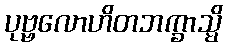
ပုဗ္ဗလောဟိတဘက္ခာသ္မိ